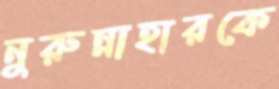
নুরুন্নাহারকে